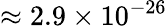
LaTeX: \approx 2.9\times 10^{-26}